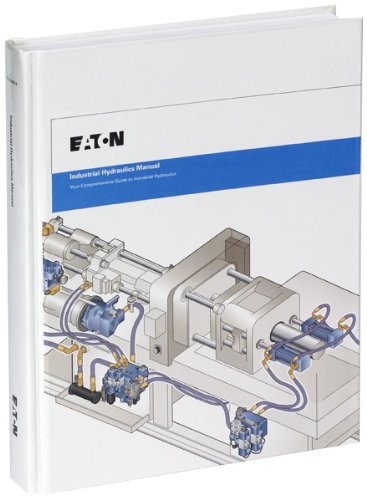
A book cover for Industrial Hydraulics Manual 5th Ed. 2nd Printing; Eaton Hydraulics Training Services (Vickers); Engineering & Transportation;